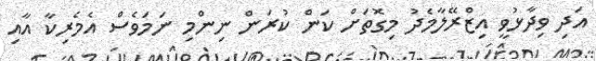
އަދި ވިދާޅުވީ އިޒްރޭލާމެދު މިގޮތަށް ކަން ކުރަން ނިންމި ނަމަވެސް އެމެރިކާ އާއި